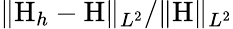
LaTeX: \| {\mathrm{H}}_{h}-{\mathrm{H}}\| _{L^{2}}/\| \mathrm{H}\| _{L^{2}}